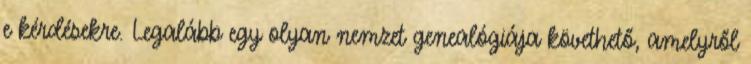
e kérdésekre. Legalább egy olyan nemzet genealógiája követhető, amelyről